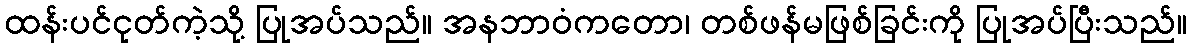
ထန်းပင်ငုတ်ကဲ့သို့ ပြုအပ်သည်။ အနဘာဝံကတော၊ တစ်ဖန်မဖြစ်ခြင်းကို ပြုအပ်ပြီးသည်။